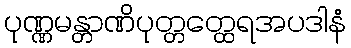
ပုဏ္ဏမန္တာဏိပုတ္တတ္ထေရအပဒါနံ